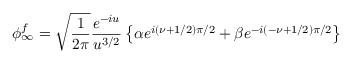
\phi _ { \infty } ^ { f } = \sqrt { \frac { 1 } { 2 \pi } } { \frac { e ^ { - i u } } { u ^ { 3 / 2 } } } \left\{ \alpha e ^ { i ( \nu + 1 / 2 ) \pi / 2 } + \beta e ^ { - i ( - \nu + 1 / 2 ) \pi / 2 } \right\}